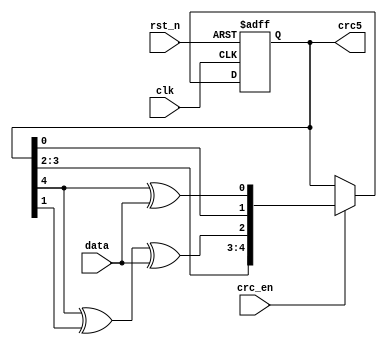
// Description     : x^5+x^2+1 USB CRC5 

module crc_ser
(
 input            data,
 input            clk,
 input            rst_n,
 input            crc_en, 
 output reg [4:0] crc5
);
  reg [4:0]       crc5_s;
  
  always@(posedge clk or negedge rst_n)
    begin
      if(!rst_n)
        crc5 <= 5'h1f;
      else
        crc5 <= crc_en ? crc5_s : crc5;
    end

  always@*
    begin
      crc5_s[0] = crc5[4] ^ data ;
      crc5_s[1] = crc5[0] ;
      crc5_s[2] = crc5[4] ^ crc5[1] ^ data;
      crc5_s[3] = crc5[2];
      crc5_s[4] = crc5[3];
    end

  
endmodule // crc_serial